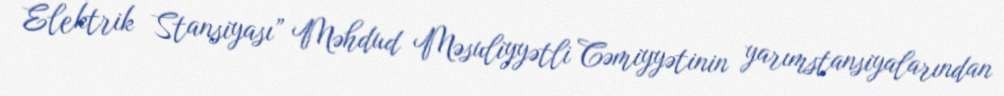
Elektrik Stansiyası” Məhdud Məsuliyyətli Cəmiyyətinin yarımstansiyalarından